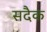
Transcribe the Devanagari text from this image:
सदैक